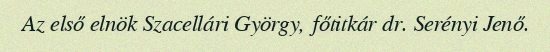
Az első elnök Szacellári György, főtitkár dr. Serényi Jenő.